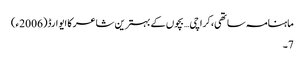
ماہنامہ ساتھی،کراچی… بچوں کے بہترین شاعر کا ایوارڈ(2006ء)
7۔